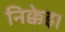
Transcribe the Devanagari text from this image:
निक्केइ।